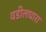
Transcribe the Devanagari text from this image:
वडीलधारा